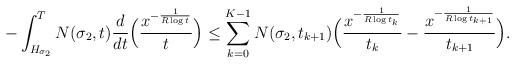
LaTeX: \begin{align*}- \int_{H_{\sigma_2}}^T N(\sigma_2,t) \frac{d}{dt}\Big( \frac{x^{-\frac{1}{R\log t}}}{t} \Big) \le \sum_{k=0}^{K-1} N(\sigma_2,t_{k+1}) \Big( \frac{x^{-\frac{1}{R\log t_k}}}{t_k} - \frac{x^{-\frac{1}{R\log t_{k+1}}}}{t_{k+1}} \Big) .\end{align*}